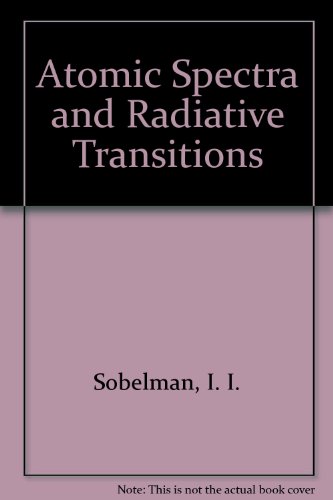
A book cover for Atomic Spectra and Radiative Transitions (Springer Series in Chemical Physics, Vol. 1); I. I. Sobelman; Science & Math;